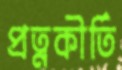
প্রত্নকীর্তি